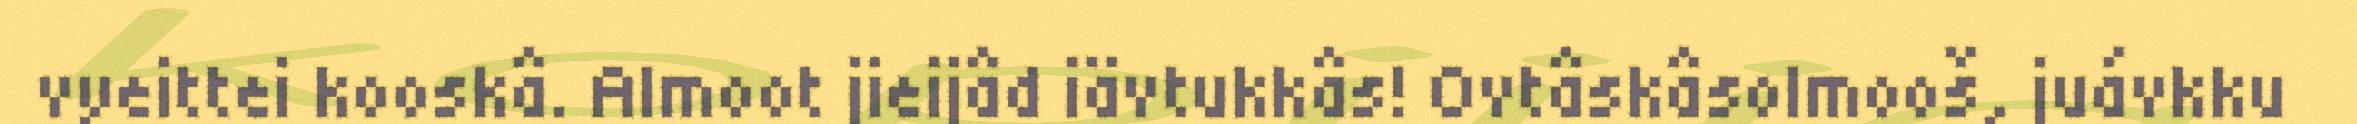
vyeittei kooskâ. Almoot jieijâd iävtukkâs! Ovtâskâsolmooš, juávkku